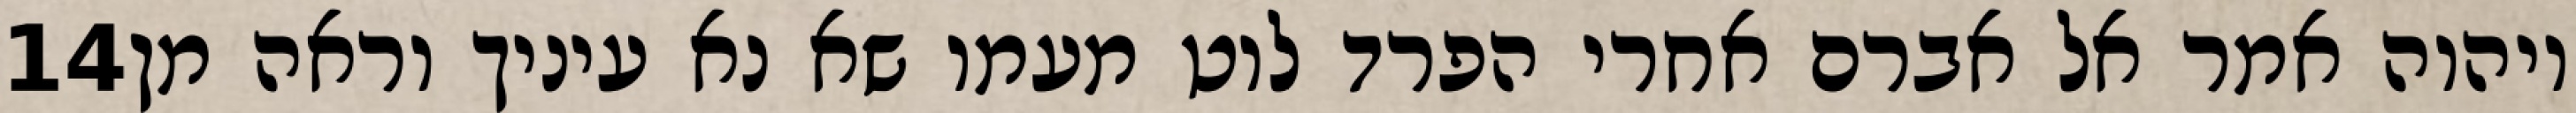
‎14‏ ויהוה אמר אל אברם אחרי הפרד לוט מעמו שא נא עיניך וראה מן